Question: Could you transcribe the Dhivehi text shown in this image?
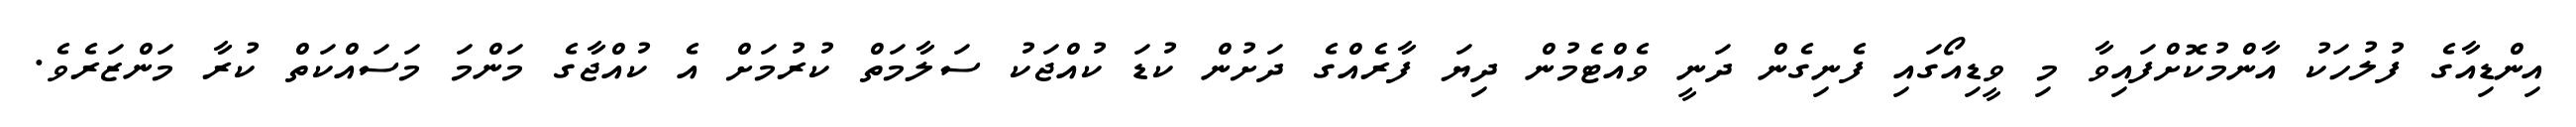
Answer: އިންޑިއާގެ ފުލުހަކު އާންމުކޮށްފައިވާ މި ވީޑިއޯގައި ފެނިގެން ދަނީ ވެއްޓެމުން ދިޔަ ފާރެއްގެ ދަށުން ކުޑަ ކުއްޖަކު ސަލާމަތް ކުރުމަށް އެ ކުއްޖާގެ މަންމަ މަސައްކަތް ކުރާ މަންޒަރެވެ.